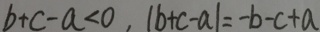
b + c - a < 0 , \vert b + c - a \vert = - b - c + a